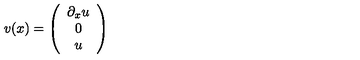
v ( x ) = \left( \begin{array} { c } { \partial _ { x } u } \\ { 0 } \\ { u } \\ \end{array} \right)